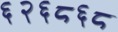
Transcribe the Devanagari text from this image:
६२६८६८